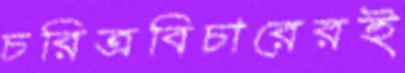
চরিত্রবিচারেরই